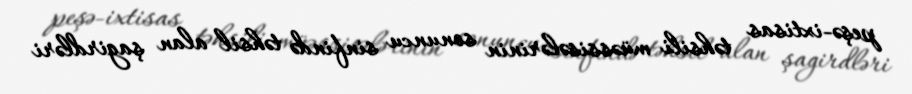
peşə-ixtisas təhsili müəssisələrinin sonuncu sinfində təhsil alan şagirdləri